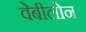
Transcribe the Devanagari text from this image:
वेबीलोन